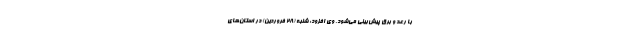
با رعد و برق پیش‌بینی می‌شود. وی افزود: شنبه (28 فروردین) در استان‌های